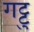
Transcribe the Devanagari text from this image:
गट्टु